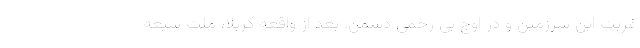
غربت این سرزمین و در اوج بی رحمی دشمن. بعد از واقعه کربلا، ملت شیعه